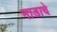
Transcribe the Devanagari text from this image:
माडाचे